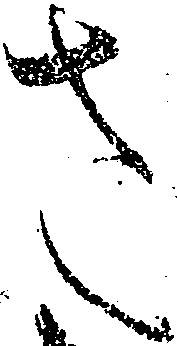
さ